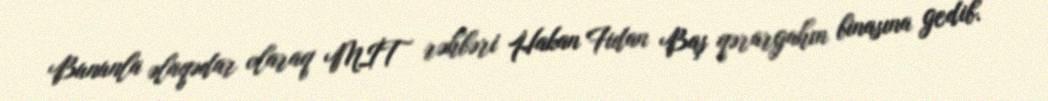
Bununla əlaqədar olaraq MİT rəhbəri Hakan Fidan Baş qərargahın binasına gedib.